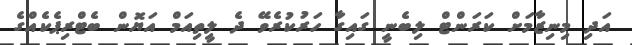
އަދި މިނިޒާމަށް ކަރަންޓް ލިބެނީ ގައިގާ ހަރުކުރެވޭ ދެ ލީތިއަމް އަޔޮން ބެޓްރިޕެކެއްގެ